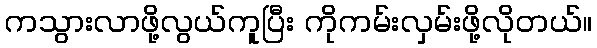
ကသွားလာဖို့လွယ်ကူပြီး ကိုကမ်းလှမ်းဖို့လိုတယ်။